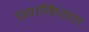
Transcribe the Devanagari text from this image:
व्याकिगत